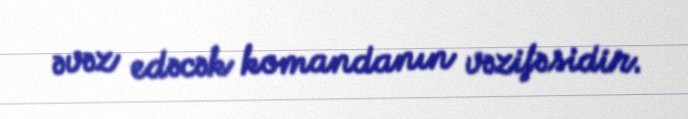
əvəz edəcək komandanın vəzifəsidir.